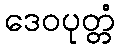
ဒေဝပုတ္တံ